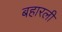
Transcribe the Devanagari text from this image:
बहारली